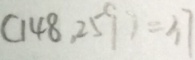
( 1 4 8 , 2 5 9 ) = 3 7